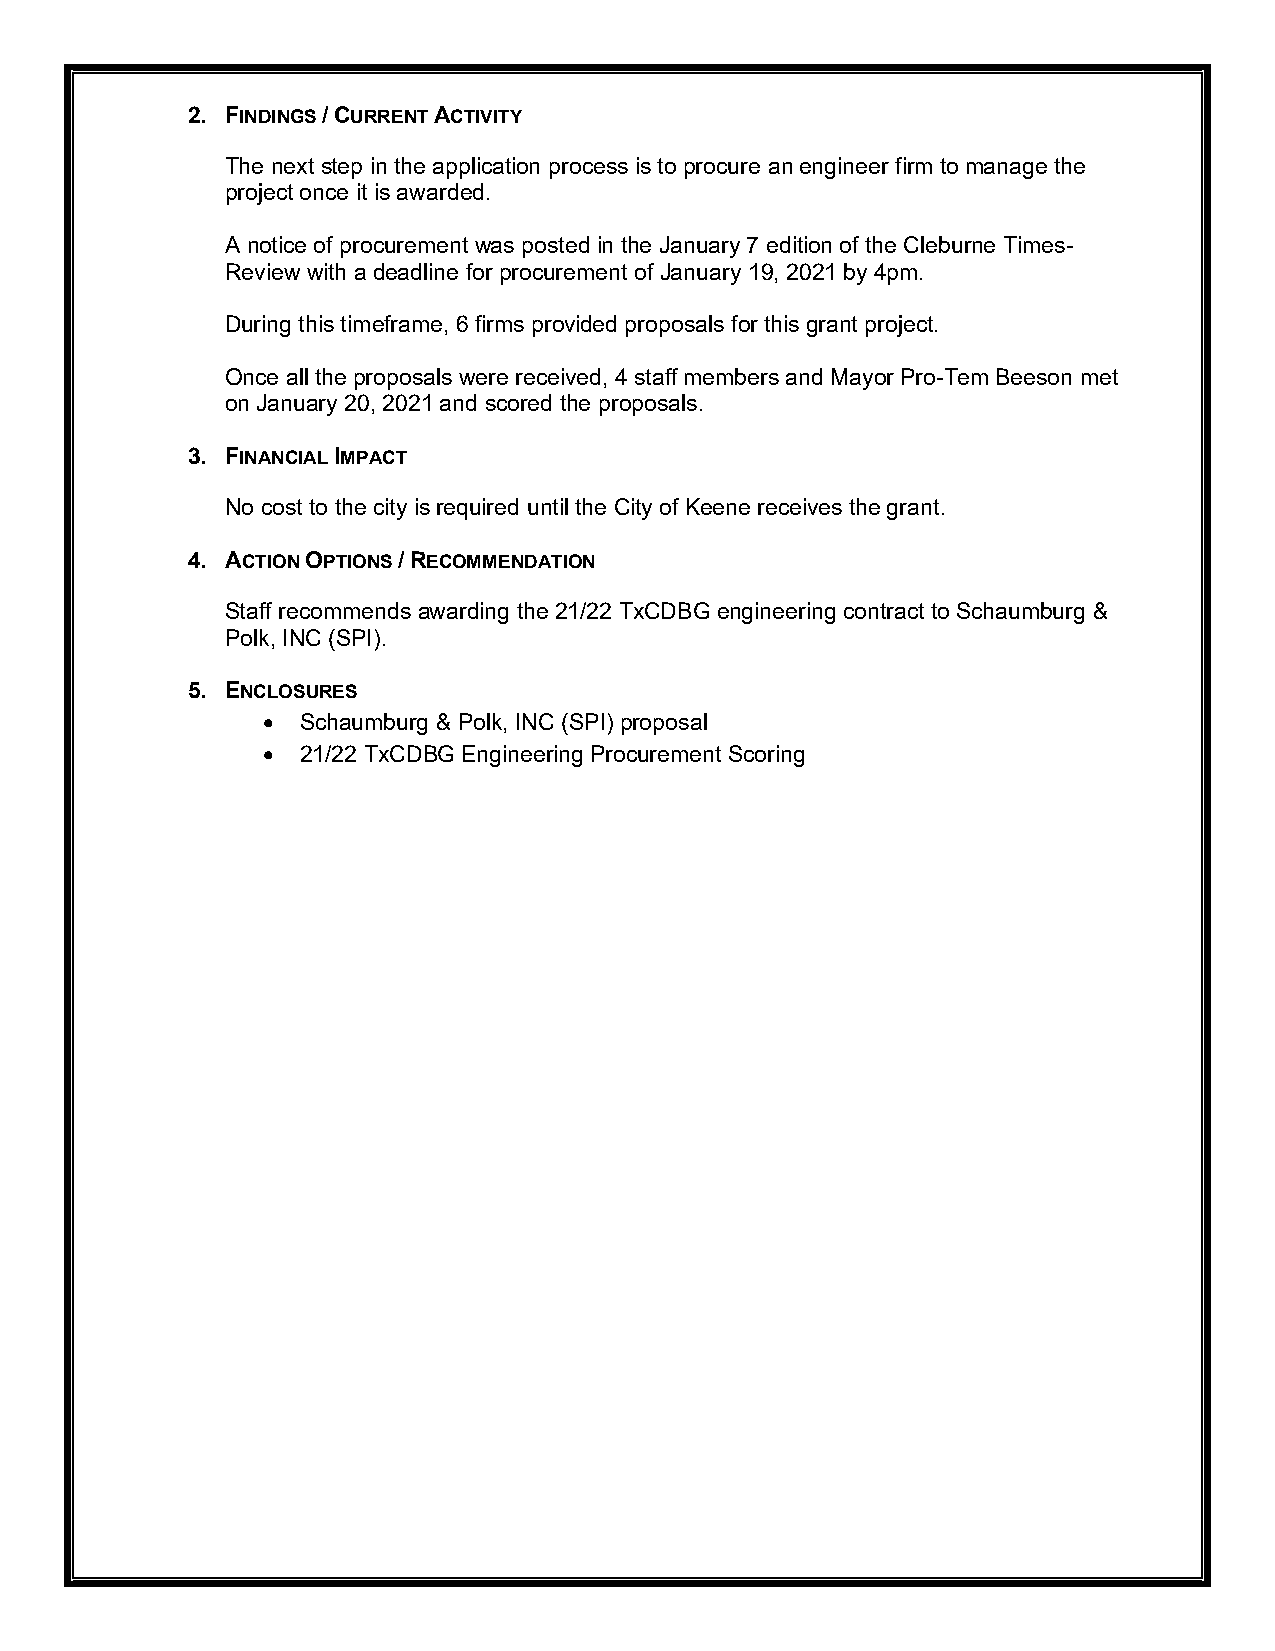
2. FINDINGS / CURRENT ACTIVITY
 The next step in the application process is to procure an engineer firm to manage the
 project once it is awarded.
 A notice of procurement was posted in the January 7 edition of the Cleburne Times-
 Review with a deadline for procurement of January 19, 2021 by 4pm.
 During this timeframe, 6 firms provided proposals for this grant project.
 Once all the proposals were received, 4 staff members and Mayor Pro-Tem Beeson met
 on January 20, 2021 and scored the proposals.
 3. FINANCIAL IMPACT
 No cost to the city is required until the City of Keene receives the grant.
 4. ACTION OPTIONS / RECOMMENDATION
 Staff recommends awarding the 21/22 TxCDBG engineering contract to Schaumburg &
 Polk, INC (SPI).
 5. ENCLOSURES
 •  Schaumburg & Polk, INC (SPI) proposal
 •  21/22 TxCDBG Engineering Procurement Scoring